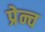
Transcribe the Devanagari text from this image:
प्रेन्च